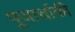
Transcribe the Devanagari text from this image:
पूजार्चाकी